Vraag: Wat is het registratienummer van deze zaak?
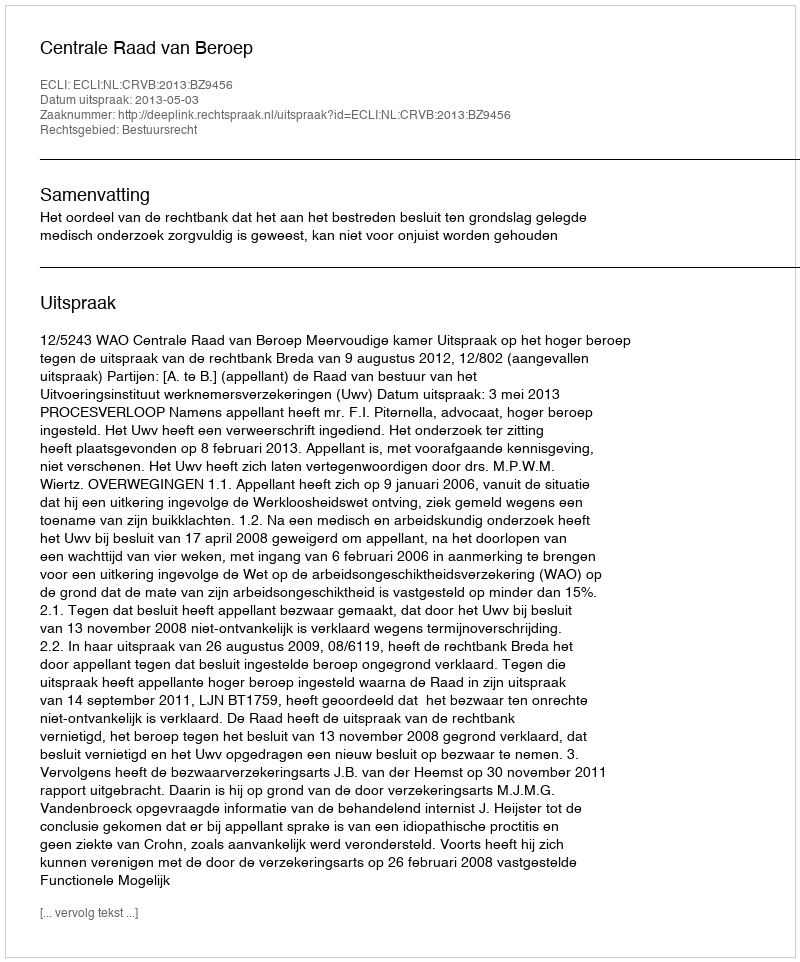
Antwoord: http://deeplink.rechtspraak.nl/uitspraak?id=ECLI:NL:CRVB:2013:BZ9456